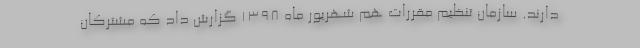
دارند. سازمان تنظیم مقررات هم شهریور ماه ۱۳۹۸ گزارش داد که مشترکان